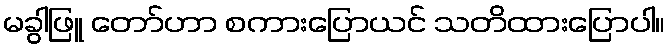
မခွါဖြူ တော်ဟာ စကားပြောယင် သတိထားပြောပါ။